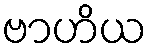
ဗာဟိယ